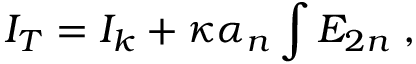
I _ { T } = I _ { k } + \kappa \alpha _ { n } \int { \cal E } _ { 2 n } \; ,